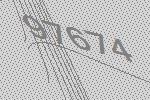
97674